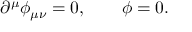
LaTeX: \partial ^ { \mu } \phi _ { \mu \nu } = 0 , \qquad \phi = 0 .